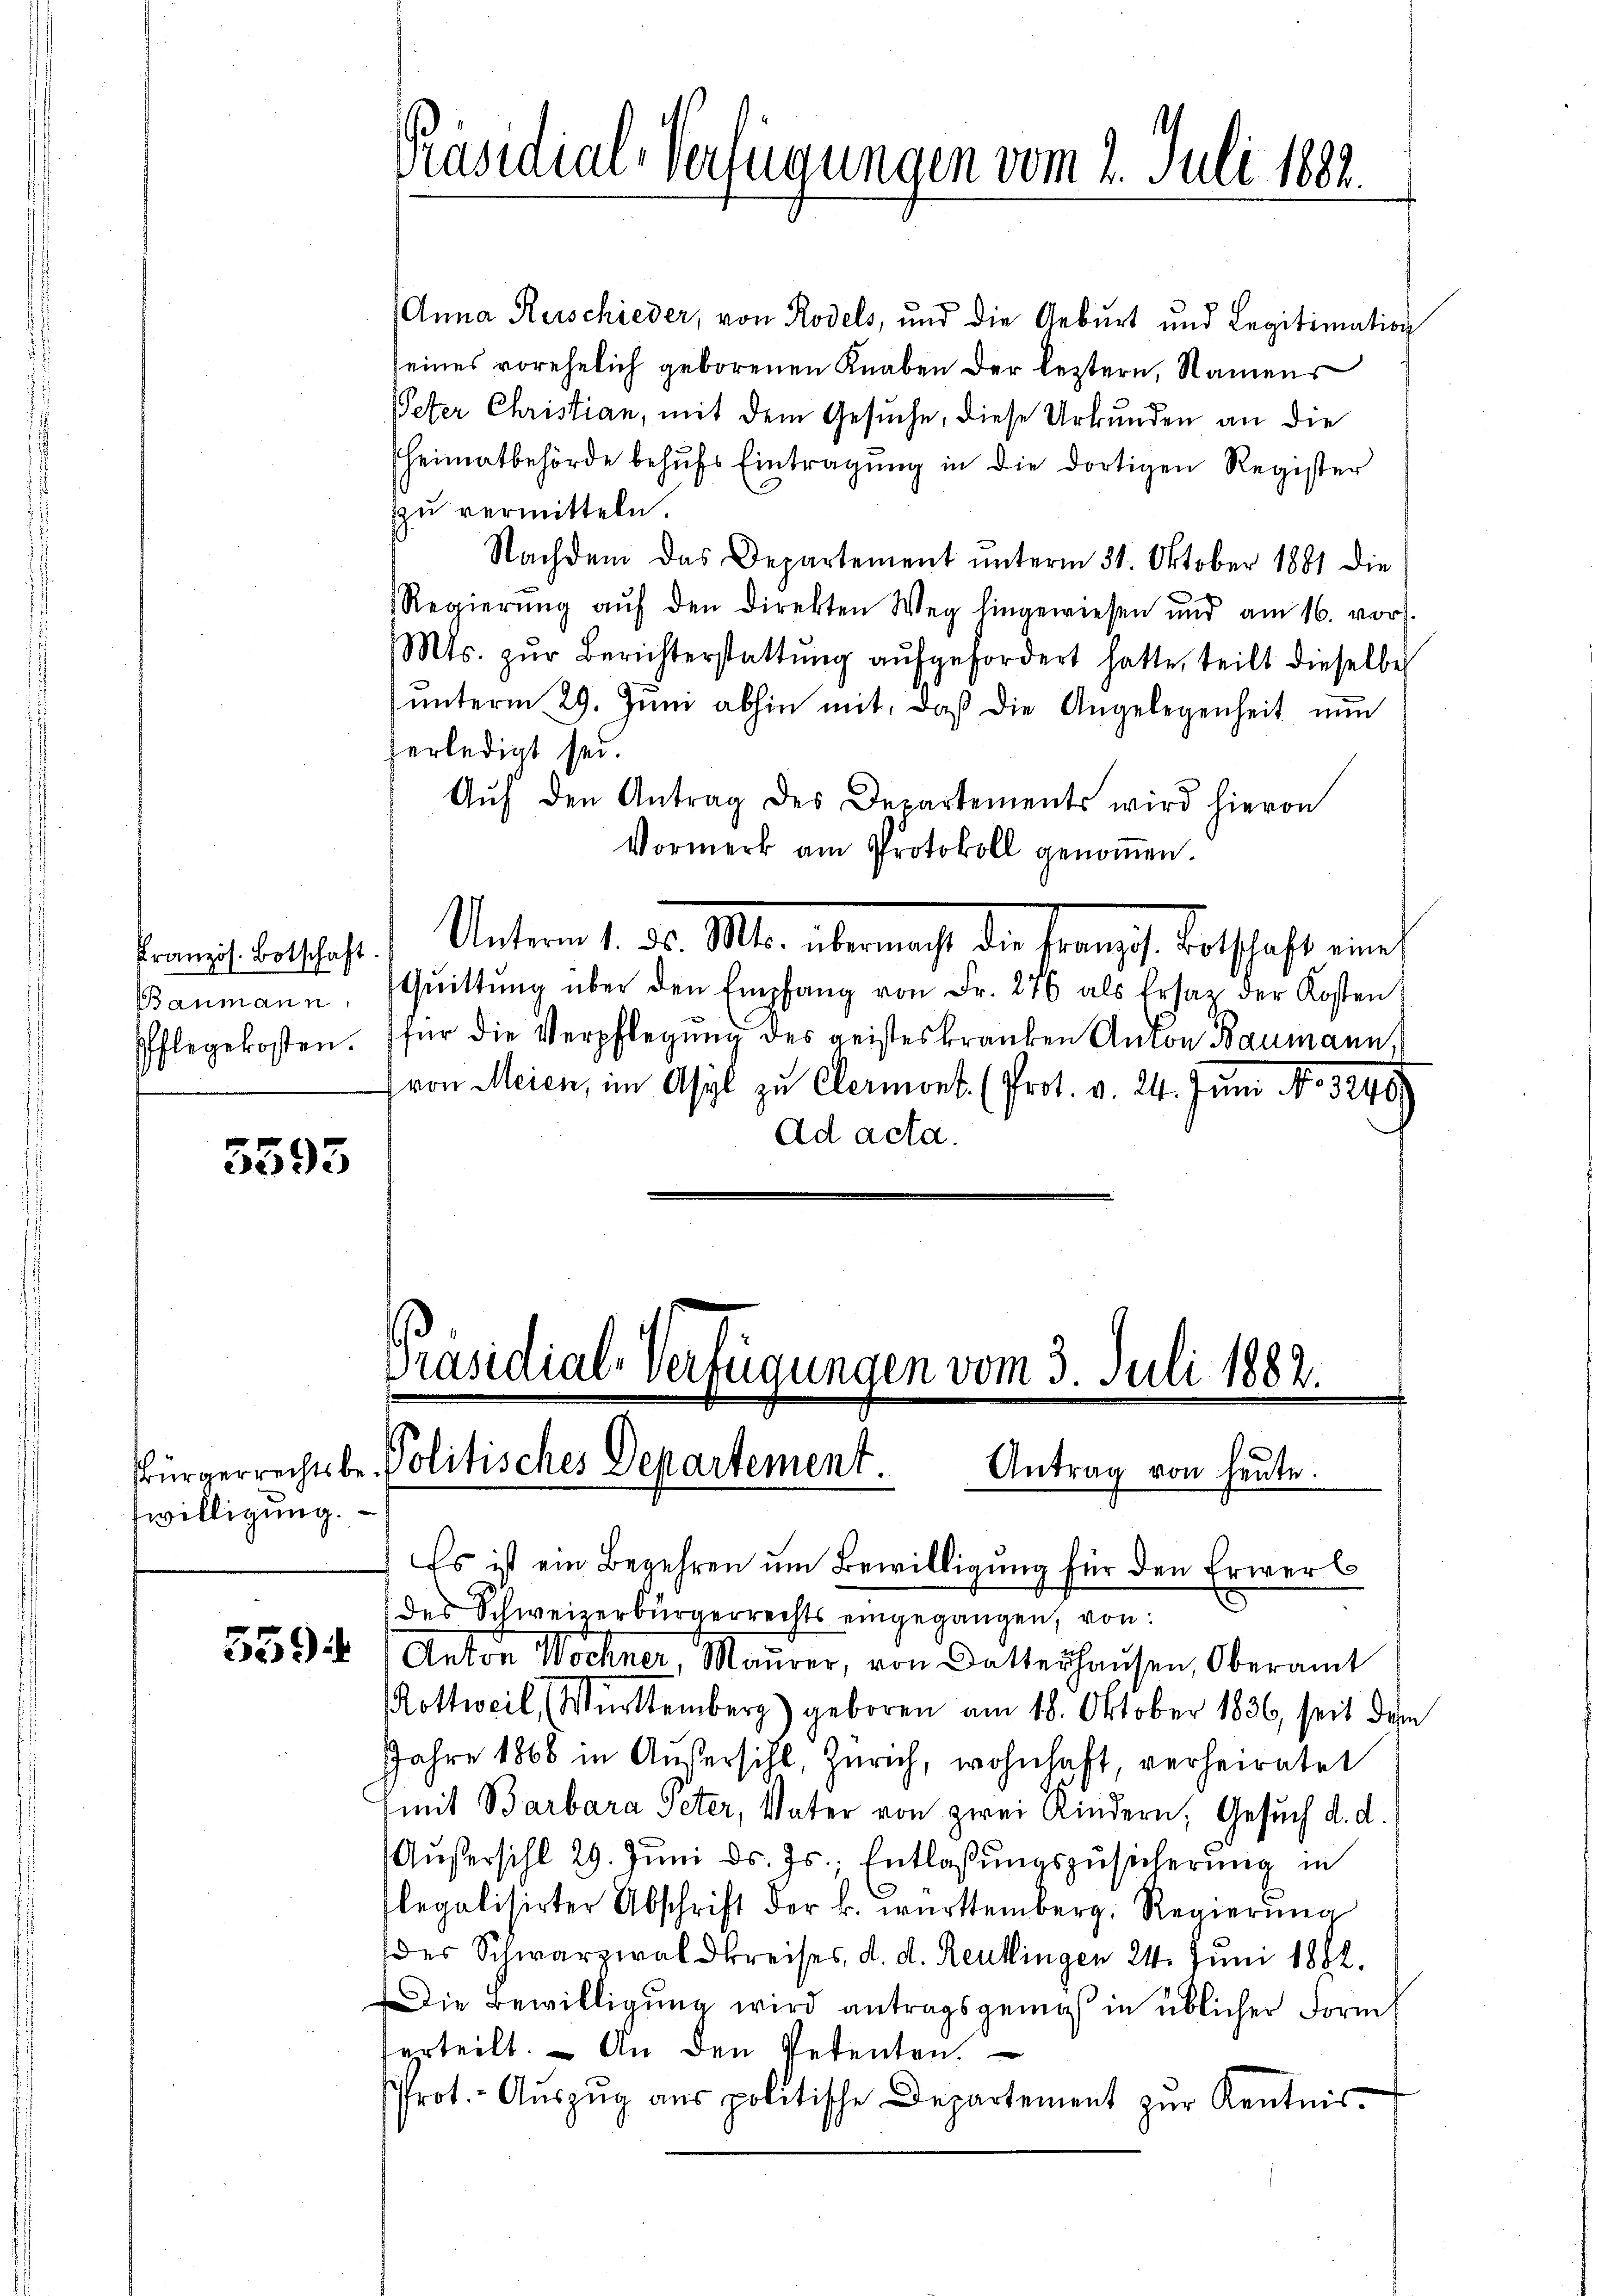
Baumann
t

3593

sbürgerrechts beswilligung.

559

Anna Kerschieder, von Rodels, und die Geburt und Legitimation
seines vorehelich geborenen Knaben der leztern, Namens
Peter Christian, mit dem Gesuche, diese Urkunden an die
heimatbehörde behŭfs Eintragŭng in die dortigen Register
zu vermitteln.
Nachdem das Departement ŭnterm 31. Oktober 1881 die
Regierŭng aŭf den Direkten Weg hingewiesen und am 16. vor.
Mts. zŭr Berichterstattŭng aŭfgefordert hatte, teilt dieselbe
unterm 29. Juni abhin mit, daß die Angelegenheit nun
verledigt sei.
Aŭf den Antrag des Departements wird hievon
Vormerk am Protokoll genoṁen.
rat deshalte Unterm 1. Fr. 1810. übermacht die Trampfe Botschaft eine
Qŭittŭng über den Empfang von Fr. 276 als Ersatz der Kosten
Pflegekosten. für die Verpflegŭng des geisteskranken Anton Baumann,
von Meien, im Asyl zu Clermont. (Prot. v. 24. Juni No 3246.
Ad acta.

Präsidial-Verfügungen vom 2. Juli 1882.

Präsidial-Verfügungen vom 3. Juli 1882.
Politisches Departement. Antrag von heute.

Es ist ein Begehren um Bewilligung für den Erwerb
des Schweizerbürgerrechts eingegangen, von
Anton Wöchner, Maŭrer, von Datterhaŭsen, Oberamt
Rottweil, Württemberg) geboren am 18. Oktober 1836, seit dem
Jahre 1868 in Außersihl, Zürich, wohnhaft, verheiratet
mit Barbara Peter, Vater von zwei Kindern, Gesuch d. d.
Aŭβersihl 29. Jŭni d. Js., Entlassŭngszŭsicherŭng in
flegalisirter Abschrift der k. württemberg. Regierŭng
der Schwarzwaldkreises, d. d. Reutlingen 24. Juni 1882.
Die Bewilligung wird antragsgemäß in üblicher Form
verteilt. An den Petenten.
Prot. - Auszug aus politische Departement zur Kentnis¬